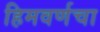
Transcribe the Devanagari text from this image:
हिमवर्णचा